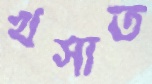
খসাত